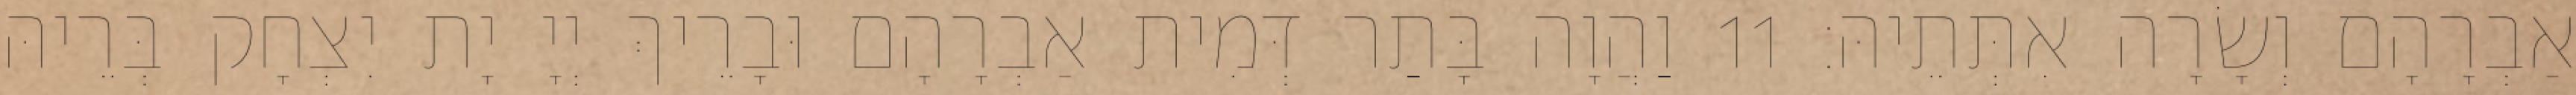
אַבְרָהָם וְשָׂרָה אִתְּתֵיהּ׃ 11 וַהֲוָה בָּתַר דְּמִית אַבְרָהָם וּבָרֵיךְ יְיָ יָת יִצְחָק בְּרֵיהּ